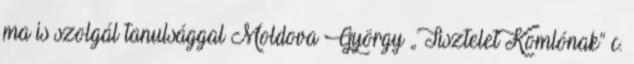
ma is szolgál tanulsággal Moldova György „Tisztelet Komlónak” c.